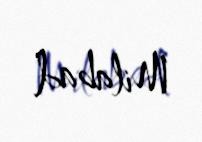
Milabad